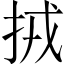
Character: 𢫨